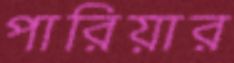
পারিয়ার